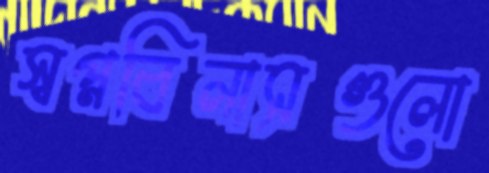
স্বপ্নবিলাসগুলো